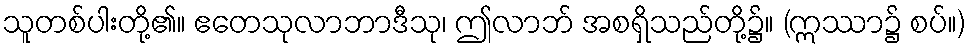
သူတစ်ပါးတို့၏။ ဧတေသုလာဘာဒီသု၊ ဤလာဘ် အစရှိသည်တို့၌။ (ဣဿာ၌ စပ်။)